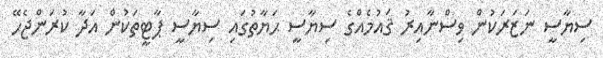
ސިޔާސީ ނަޒަރަކުން ވިސްނާއިރު ޤައުމެއްގެ ސިޔާސީ ޙަޔާތުގައި ސިޔާސީ ޕާޓީތަކުން އަދާ ކުރަންޖެހޭ